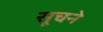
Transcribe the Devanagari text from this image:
सूचने